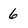
Character: 6